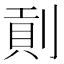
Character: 𠞖